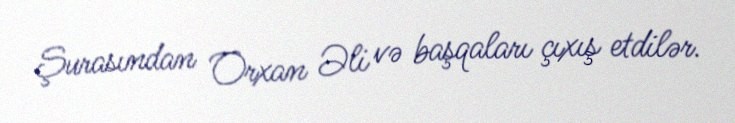
Şurasından Orxan Əli və başqaları çıxış etdilər.